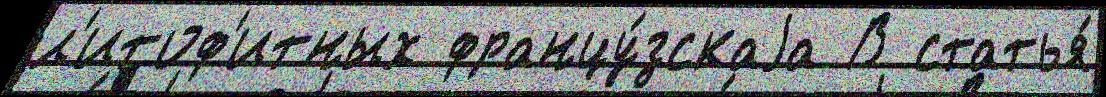
л'итоф'итных францу́зскаjа В статья́